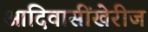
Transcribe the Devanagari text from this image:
आदिवासींखेरीज